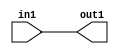
`timescale 1ps / 1ps

// Generated by Cadence Genus(TM) Synthesis Solution 17.11-s014_1
// Generated on: May  1 2021 15:52:35 CST (May  1 2021 07:52:35 UTC)

module SobelFilter_Add_4U_10_4(in1, out1);
  input [3:0] in1;
  output [3:0] out1;
  wire [3:0] in1;
  wire [3:0] out1;
  assign out1[0] = in1[0];
  assign out1[1] = in1[1];
  assign out1[2] = in1[2];
  assign out1[3] = in1[3];
endmodule